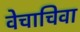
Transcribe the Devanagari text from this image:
वेचाचिवा